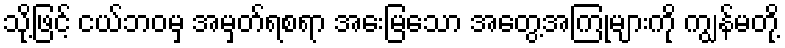
သို့ဖြင့် ငယ်ဘဝမှ အမှတ်ရစရာ အေးမြသော အတွေ့အကြုံများကို ကျွန်မတို့